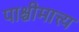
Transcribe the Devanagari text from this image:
पाश्चीमात्त्य